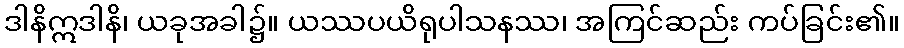
ဒါနိဣဒါနိ၊ ယခုအခါ၌။ ယဿပယိရုပါသနဿ၊ အကြင်ဆည်း ကပ်ခြင်း၏။